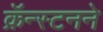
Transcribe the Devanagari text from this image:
क्रॅन्स्टनने